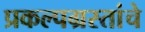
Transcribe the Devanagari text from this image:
प्रकल्पग्रस्तांचे